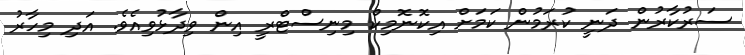
ސަރުކާރުން ދަނީ ކުރަމުން ކަމަށް އިކޮނޮމިކް މިނިސްޓްރީ އިން ވިދާޅުވިއެވެ. އަދި މިހާރު